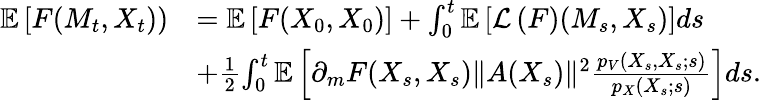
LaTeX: \begin{array}{rl}{{\mathbb E}\left[F(M_{t},X_{t})\right)}&{={\mathbb E}\left[F(X_{0},X_{0})\right]+\int_{0}^{t}{\mathbb E}\left[{\mathcal L}\left(F\right)(M_{s},X_{s})\right]ds}\\ &{+\frac{1}{2}{\int_{0}^{t}{\mathbb E}\left[\partial_{m}F(X_{s},{X_{s}})\| A(X_{s})\| ^{2}\frac{p_{V}(X_{s},{X_{s}};s)}{p_{X}(X_{s};s)}\right]ds.}}\end{array}